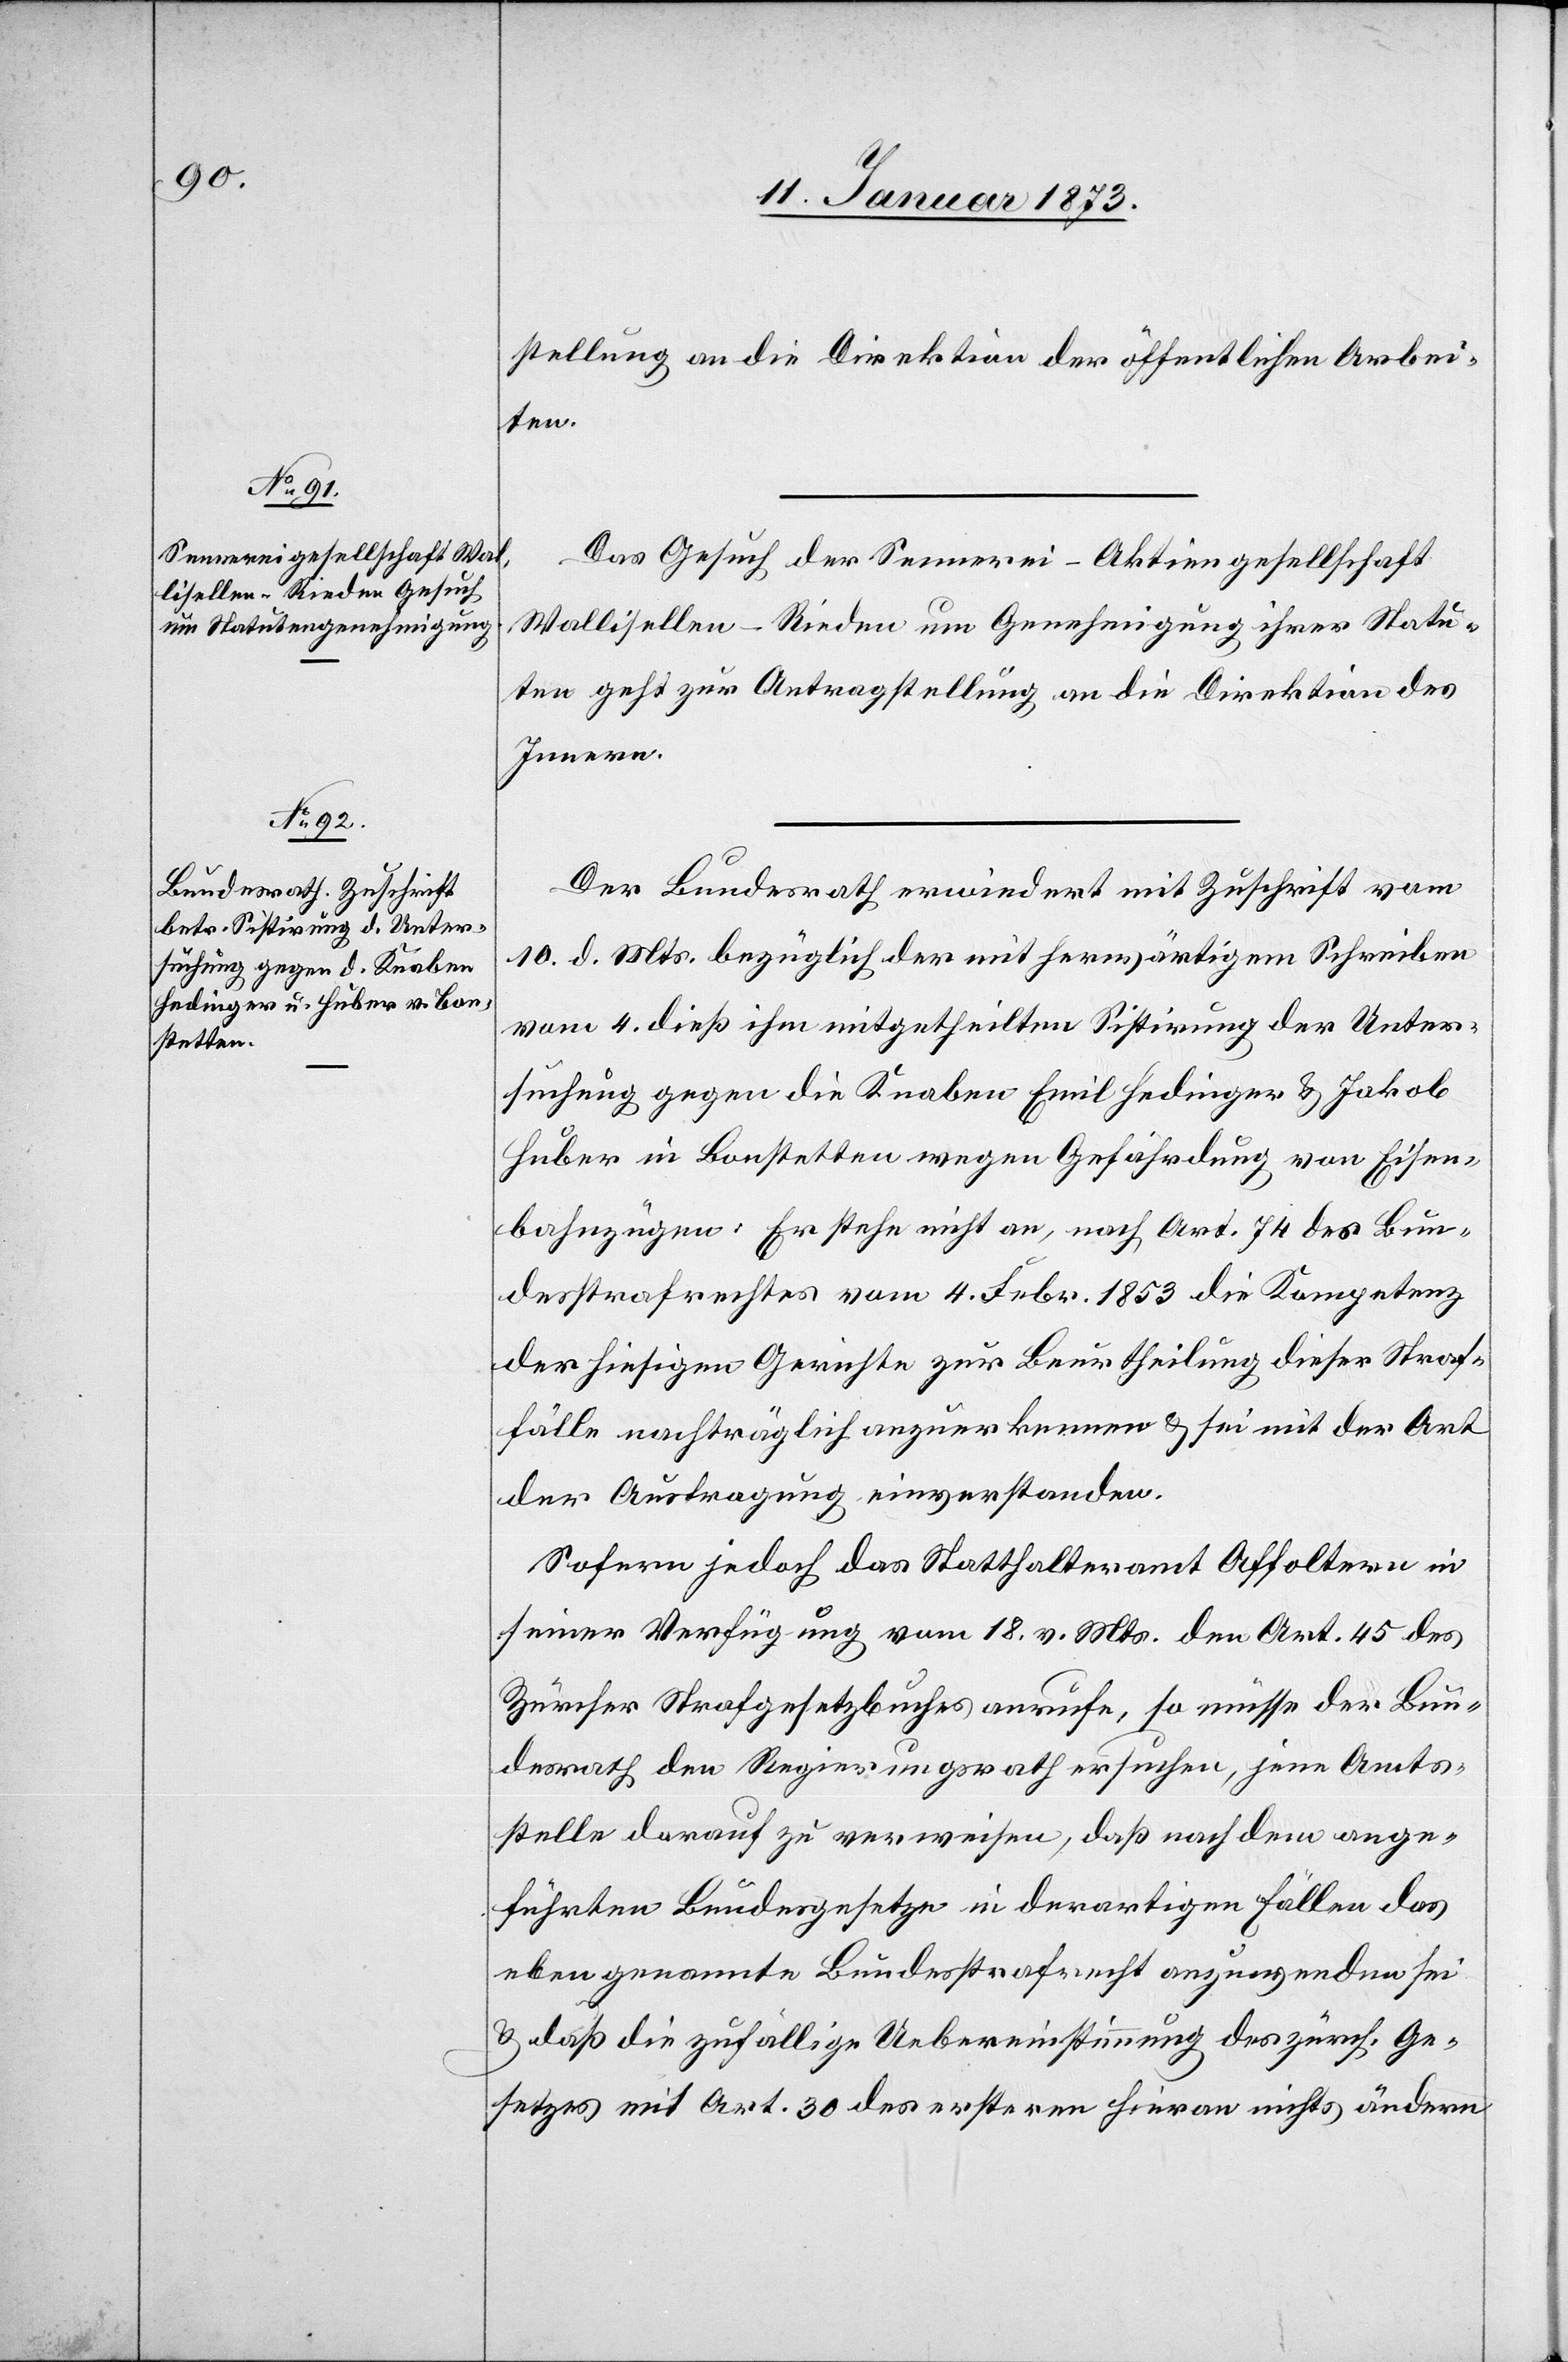
13. Januar 1873.]
stellung an die Direktion der öffentlichen Arbei¬
ten.
Das Gesuch der Sennerei-Aktiengesellschaft
Wallisellen-Rieden um Genehmigung ihrer Statu¬
ten geht zur Antragstellung an die Direktion des
Innern.
Der Bundesrath erwiedert mit Zuschrift vom
10. d. Mts. bezüglich der mit herwärtigem Schreiben
vom 4. dieß ihm mitgetheilten Sistirung der Unter¬
suchung gegen die Knaben Emil Hedinger u. Jakob
Huber in Bonstetten wegen Gefährdung von Eisen¬
bahnzügen: Er stehe nicht, nach Art. 74 des Bun¬
desstrafrechtes vom 4. Febr. 1853 die Kompetenz
der hiesigen Gerichte zur Beurtheilung dieser Straf¬
fälle nachträglich anzuerkennen u. sei mit der Art
der Ausfragung einverstanden.
Sofern jedoch das Statthalteramt Affoltern in
seiner Verfügung vom 18. Mts. den Art. 45 des
Zürcher Strafgesetzbuches anrufe, so müsse der Bun¬
desrath den Regierungsrath ersuchen, jene Amts¬
stelle darauf zu verweisen, daß nach dem ange¬
führten Bundesgesetze in derartigen Fällen das
eben genannte Bundesstrafrecht anzuwenden sei
u. daß die zufällige Uebereinstimmung des zürch. Ge¬
setzes mit Art. 30 des ersteren hieran nichts ändern